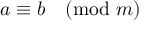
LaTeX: a \equiv b { \pmod { m } }